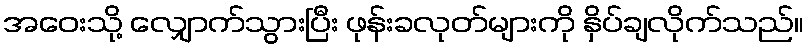
အဝေးသို့ လျှောက်သွားပြီး ဖုန်းခလုတ်များကို နှိပ်ချလိုက်သည်။